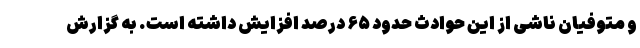
و متوفیان ناشی از این حوادث حدود ۶۵ درصد افزایش داشته است. به گزارش